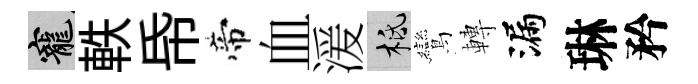
寵軼帋帝血湲柢鸞轉漏琳矜